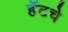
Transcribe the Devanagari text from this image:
हॅटचे